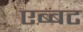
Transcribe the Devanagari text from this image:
एब्बट